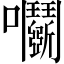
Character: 𡆞